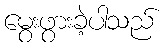
မွေးဖွားခဲ့ပါသည်